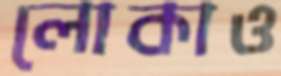
লোকাও